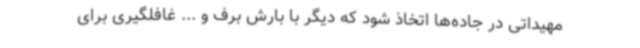
مهیداتی در جاده‌ها اتخاذ شود که دیگر با بارش برف و ... غافلگیری برای